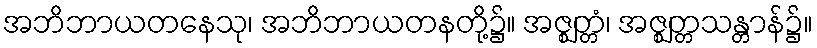
အဘိဘာယတနေသု၊ အဘိဘာယတနတို့၌။ အဇ္ဈတ္တံ၊ အဇ္ဈတ္တသန္တာန်၌။